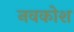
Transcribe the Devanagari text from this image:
नवकोश